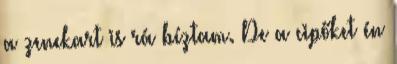
a zenekart is rá bíztam. De a cipőket én